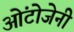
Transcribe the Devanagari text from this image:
ओंटोजेनी